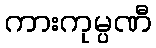
ကားကုမ္ပဏီ